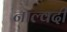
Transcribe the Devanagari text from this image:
नाल्वदी